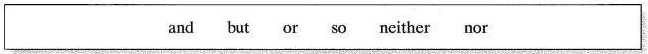
\boxed{and but or so neither nor}